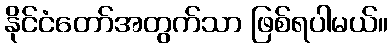
နိုင်ငံတော်အတွက်သာ ဖြစ်ရပါမယ်။